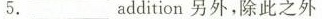
5. ___ addition另外，除此之外